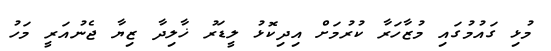
މުޅި ގައުމުގައި މުޒާހަރާ ކުރުމަށް އިދިކޮޅު ލީޑަރު ޚާލިދާ ޒިޔާ ޖެނުއަރީ މަހު